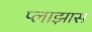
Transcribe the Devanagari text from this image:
प्लाझास